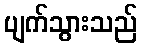
ပျက်သွားသည်